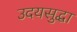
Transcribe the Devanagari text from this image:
उदयसुद्धा